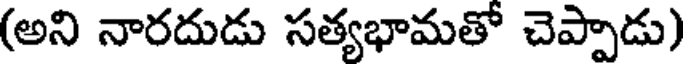
(అని నారదుడు సత్యభామతో చెప్పాడు)